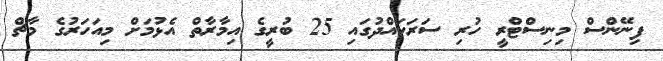
ފިނޭންސް މިނިސްޓްރީ ހުރި ސަރަހައްދުގައި 25 ބުރީގެ އިމާރާތް އެޅުމަށް މިއަހަރުގެ މާޗް